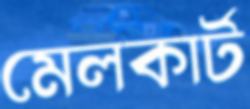
মেলকার্ট